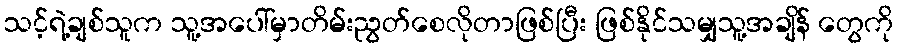
သင့်ရဲ့ချစ်သူက သူ့အပေါ်မှာတိမ်းညွတ်စေလိုတာဖြစ်ပြီး ဖြစ်နိုင်သမျှသူ့အချိန် တွေကို